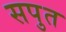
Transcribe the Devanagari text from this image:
सपुत